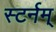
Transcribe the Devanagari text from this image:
स्टर्नम्‌